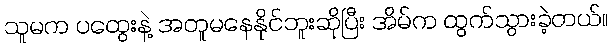
သူမက ပထွေးနဲ့ အတူမနေနိုင်ဘူးဆိုပြီး အိမ်က ထွက်သွားခဲ့တယ်။